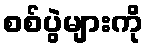
စစ်ပွဲများကို